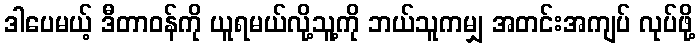
ဒါပေမယ့် ဒီတာဝန်ကို ယူရမယ်လို့သူ့ကို ဘယ်သူကမျှ အတင်းအကျပ် လုပ်ဖို့